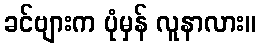
ခင်ဗျားက ပုံမှန် လူနာလား။